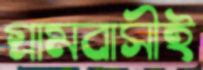
গ্রামবাসীই